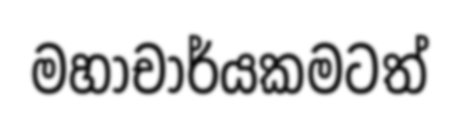
මහාචාර්යකමටත්